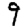
Digit: 9